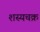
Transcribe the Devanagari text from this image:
शस्यचक्र